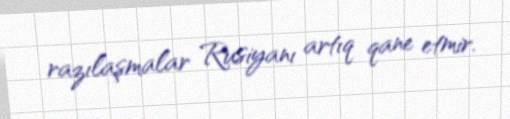
razılaşmalar Rusiyanı artıq qane etmir.